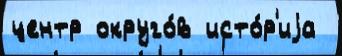
центр округо́в исто́р'иjа